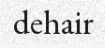
dehair